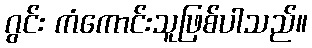
ဂွင်း ကံကောင်းသူဖြစ်ပါသည်။